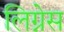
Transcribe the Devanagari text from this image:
लिग्नेस